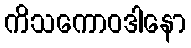
ကိသကောဝဒါနော